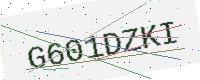
Text: G601DZKI